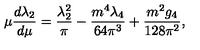
\mu { \frac { d \lambda _ { 2 } } { d \mu } } = { \frac { \lambda _ { 2 } ^ { 2 } } { \pi } } - { \frac { m ^ { 4 } \lambda _ { 4 } } { 6 4 \pi ^ { 3 } } } + { \frac { m ^ { 2 } g _ { 4 } } { 1 2 8 \pi ^ { 2 } } } ,